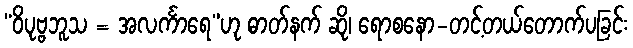
“ဝိပုဗ္ဗဘူသ = အလင်္ကာရေ”ဟု ဓာတ်နက် ဆို၊ ရောစနော-တင့်တယ်တောက်ပခြင်း